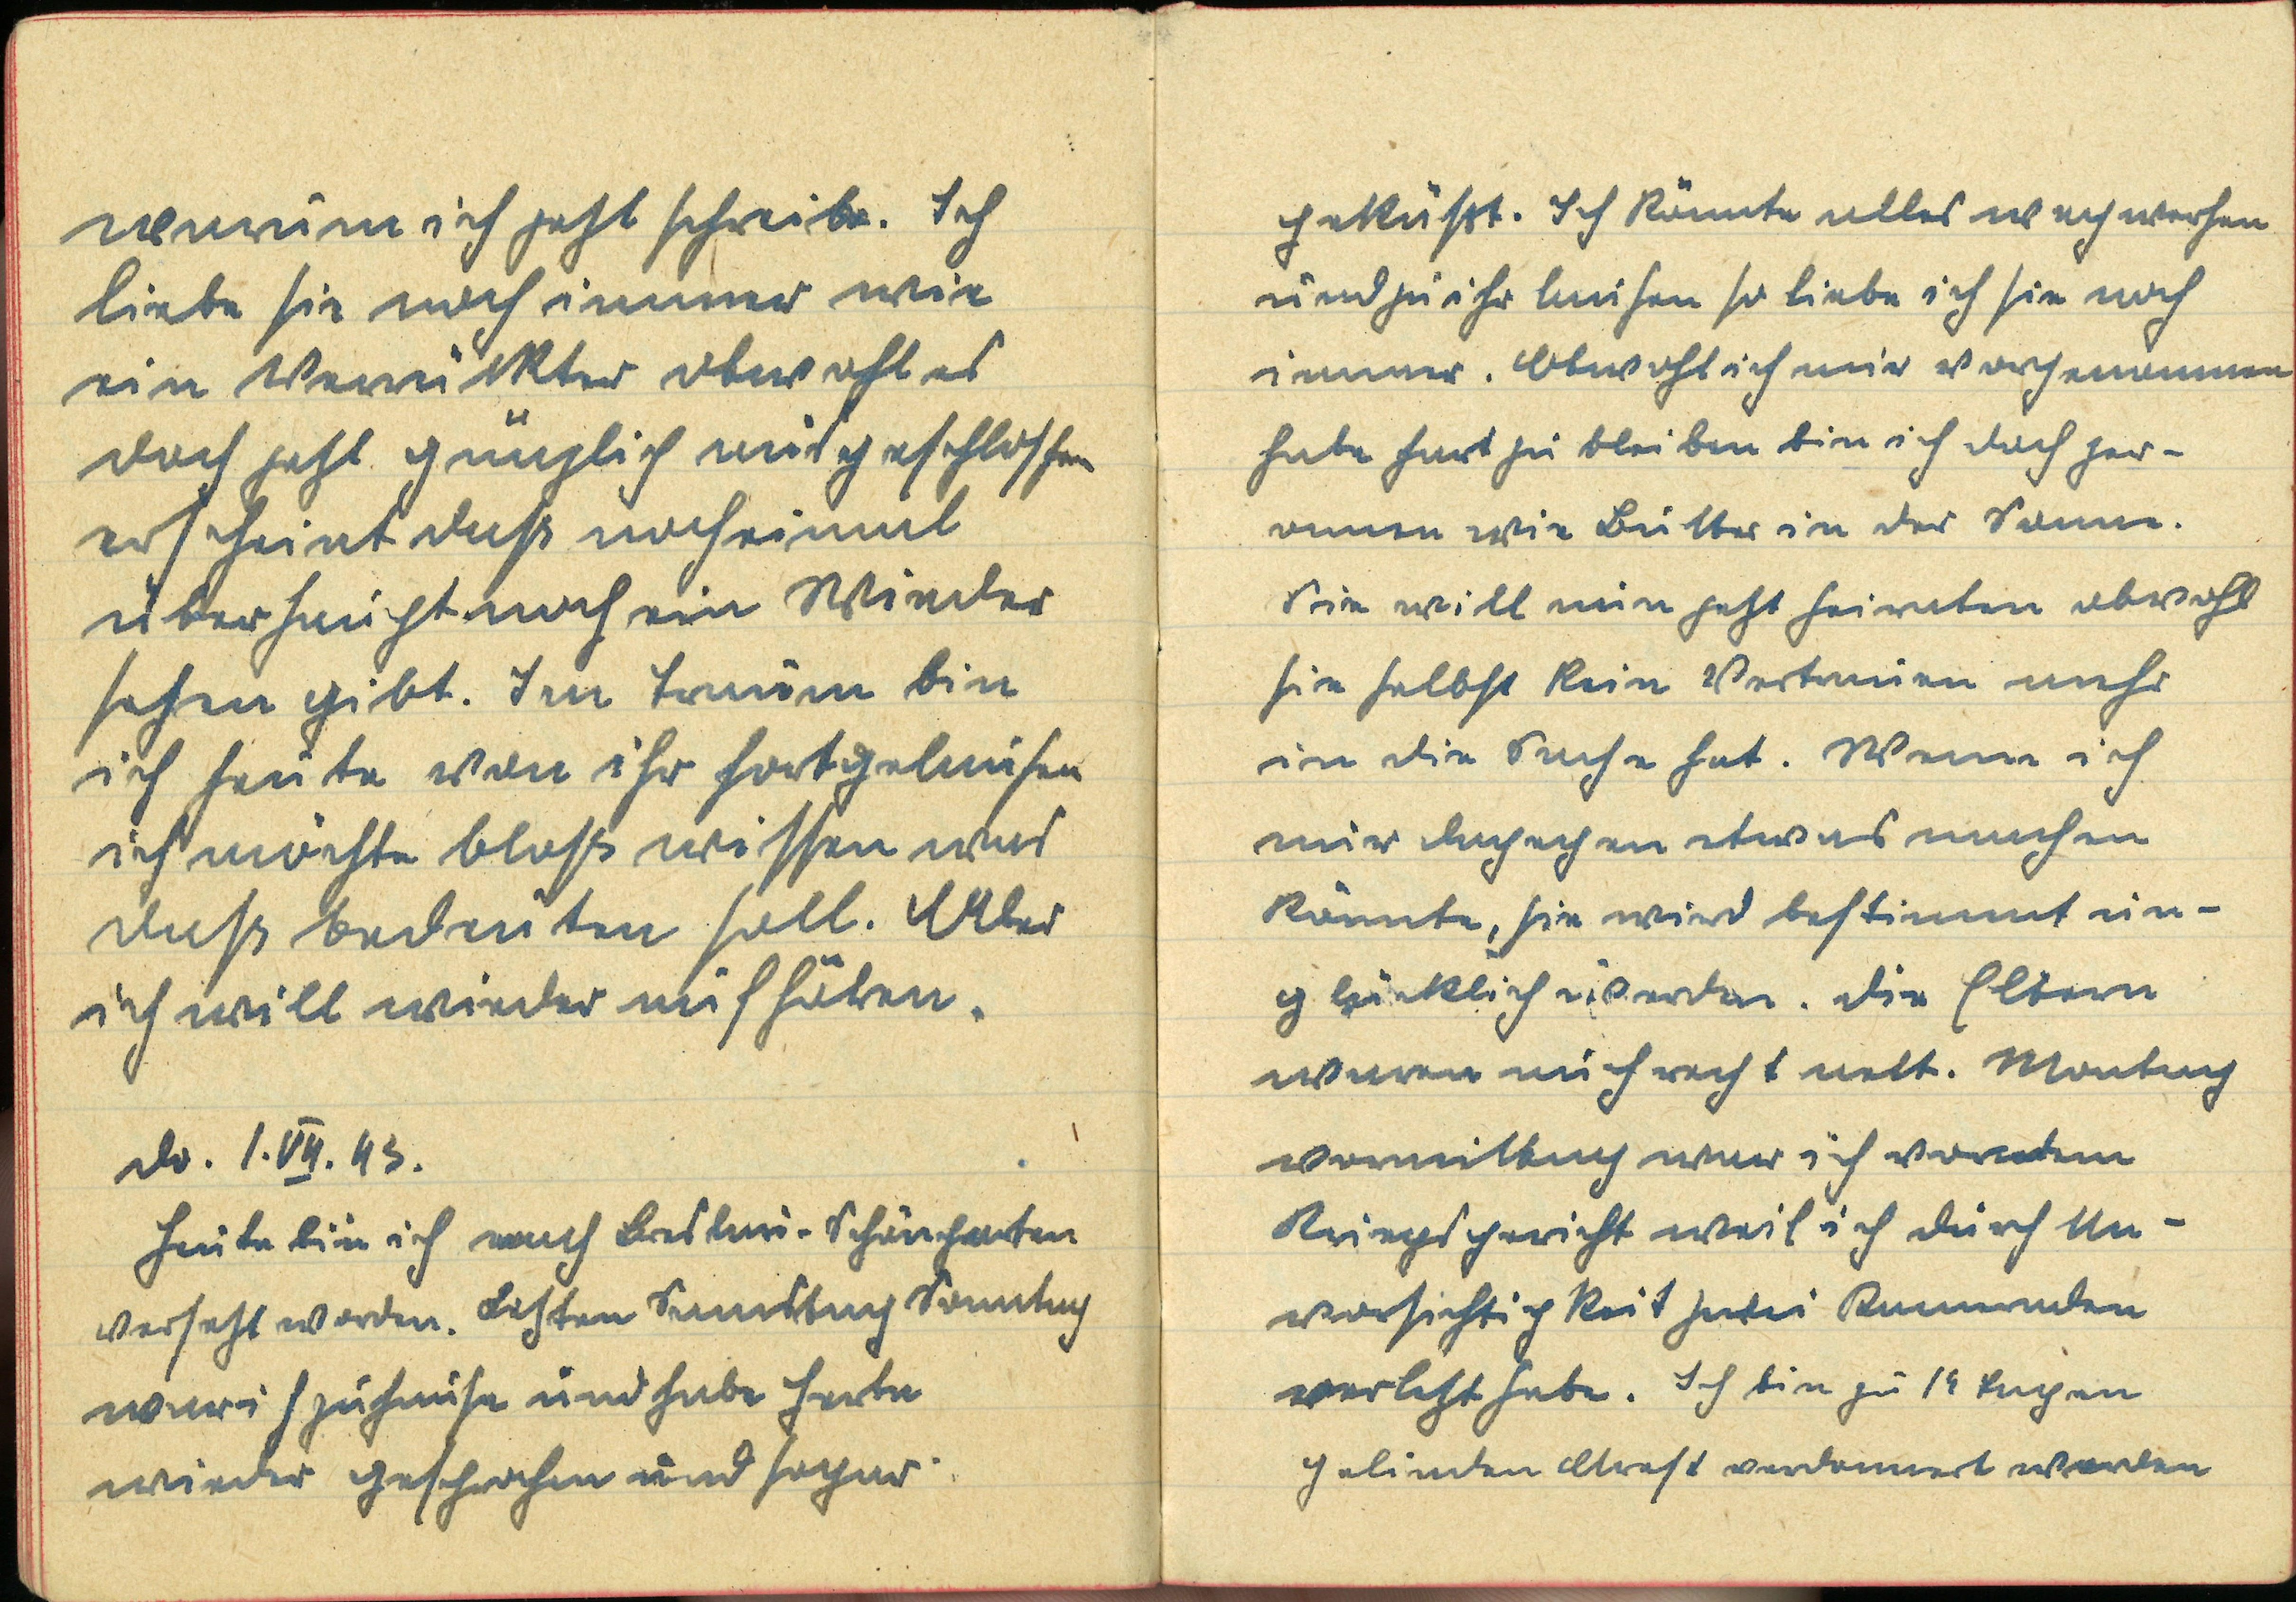
geküßt. Ich konnte alles wach worhen
und zu ihr laisen so liebe ich sie noch
immer. Abwohl ich mir worsenammen
habe hart zu bleiben bin ich dach her¬
amnen wie Butter in der Sanne.
Sie will nun jetzt heiraten abwohl
sie helbst kein Vortrauen mehr
in die Sache hat. Wenn ich
mir Ansechen etwas machen
Konnte, sie wird bestimmt un¬
gbücklich werden. Die Eltern
waren mich recht nett. Montuch
wormilbuch war ich vorndem
Kriegsgericht weil ich durch An¬
vorsichtich Reit hewer Kummriden
verlicht habe. Ich bin zu 12 kupen
gelinden Arast verdonnert worden

warum ich jetzt schreibe. Ich
liebe sie noch immer wie
ein Verruckter obwohl es
doch jeht günzlich misgeschloschen
ert int daß nocheimal
überhaucht noch ein Wieder
sehen gibt. Im Traum bin
ich heute von ihr fortgelansen
ich machte bloß wessen was
daß bedeuten soll. Aber
ich will wieder auf häben.
do. 1.VII. 43
Heute bin ich nach Breslar-Schönharten
versehzt worden. Listen Sinmstac Sonntag
wär ih zuhause und habe Herta
wieder geschrahen und sogar